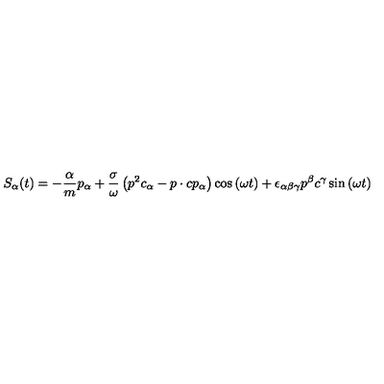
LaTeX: S _ { \alpha } ( t ) = - \frac \alpha m p _ { \alpha } + \frac \sigma \omega \left( p ^ { 2 } c _ { \alpha } - p \cdot c p _ { \alpha } \right) \cos \left( \omega t \right) + \epsilon _ { \alpha \beta \gamma } p ^ { \beta } c ^ { \gamma } \sin \left( \omega t \right)